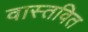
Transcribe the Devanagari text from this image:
वास्तवित